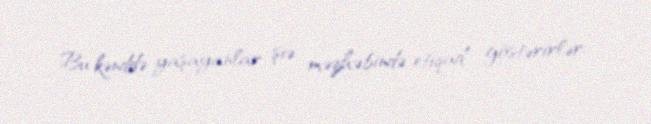
Bu kənddə yaşayanlar şiə məzhəbində etiqad göstərirlər.